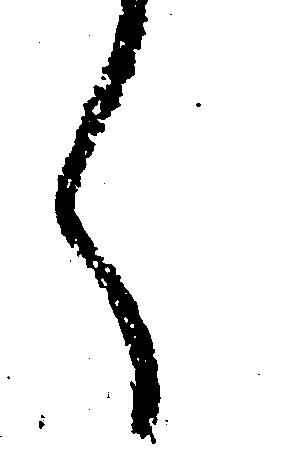
く